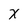
Character: X